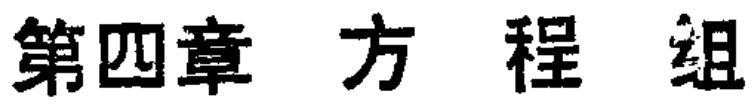
第四章 方 程 组